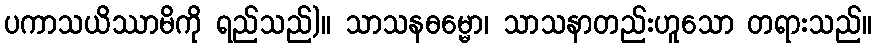
ပကာသယိဿာမိကို ရည်သည်)။ သာသနဓမ္မော၊ သာသနာတည်းဟူသော တရားသည်။